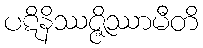
ပဋိနိဿဇ္ဇိဿာမီတိ